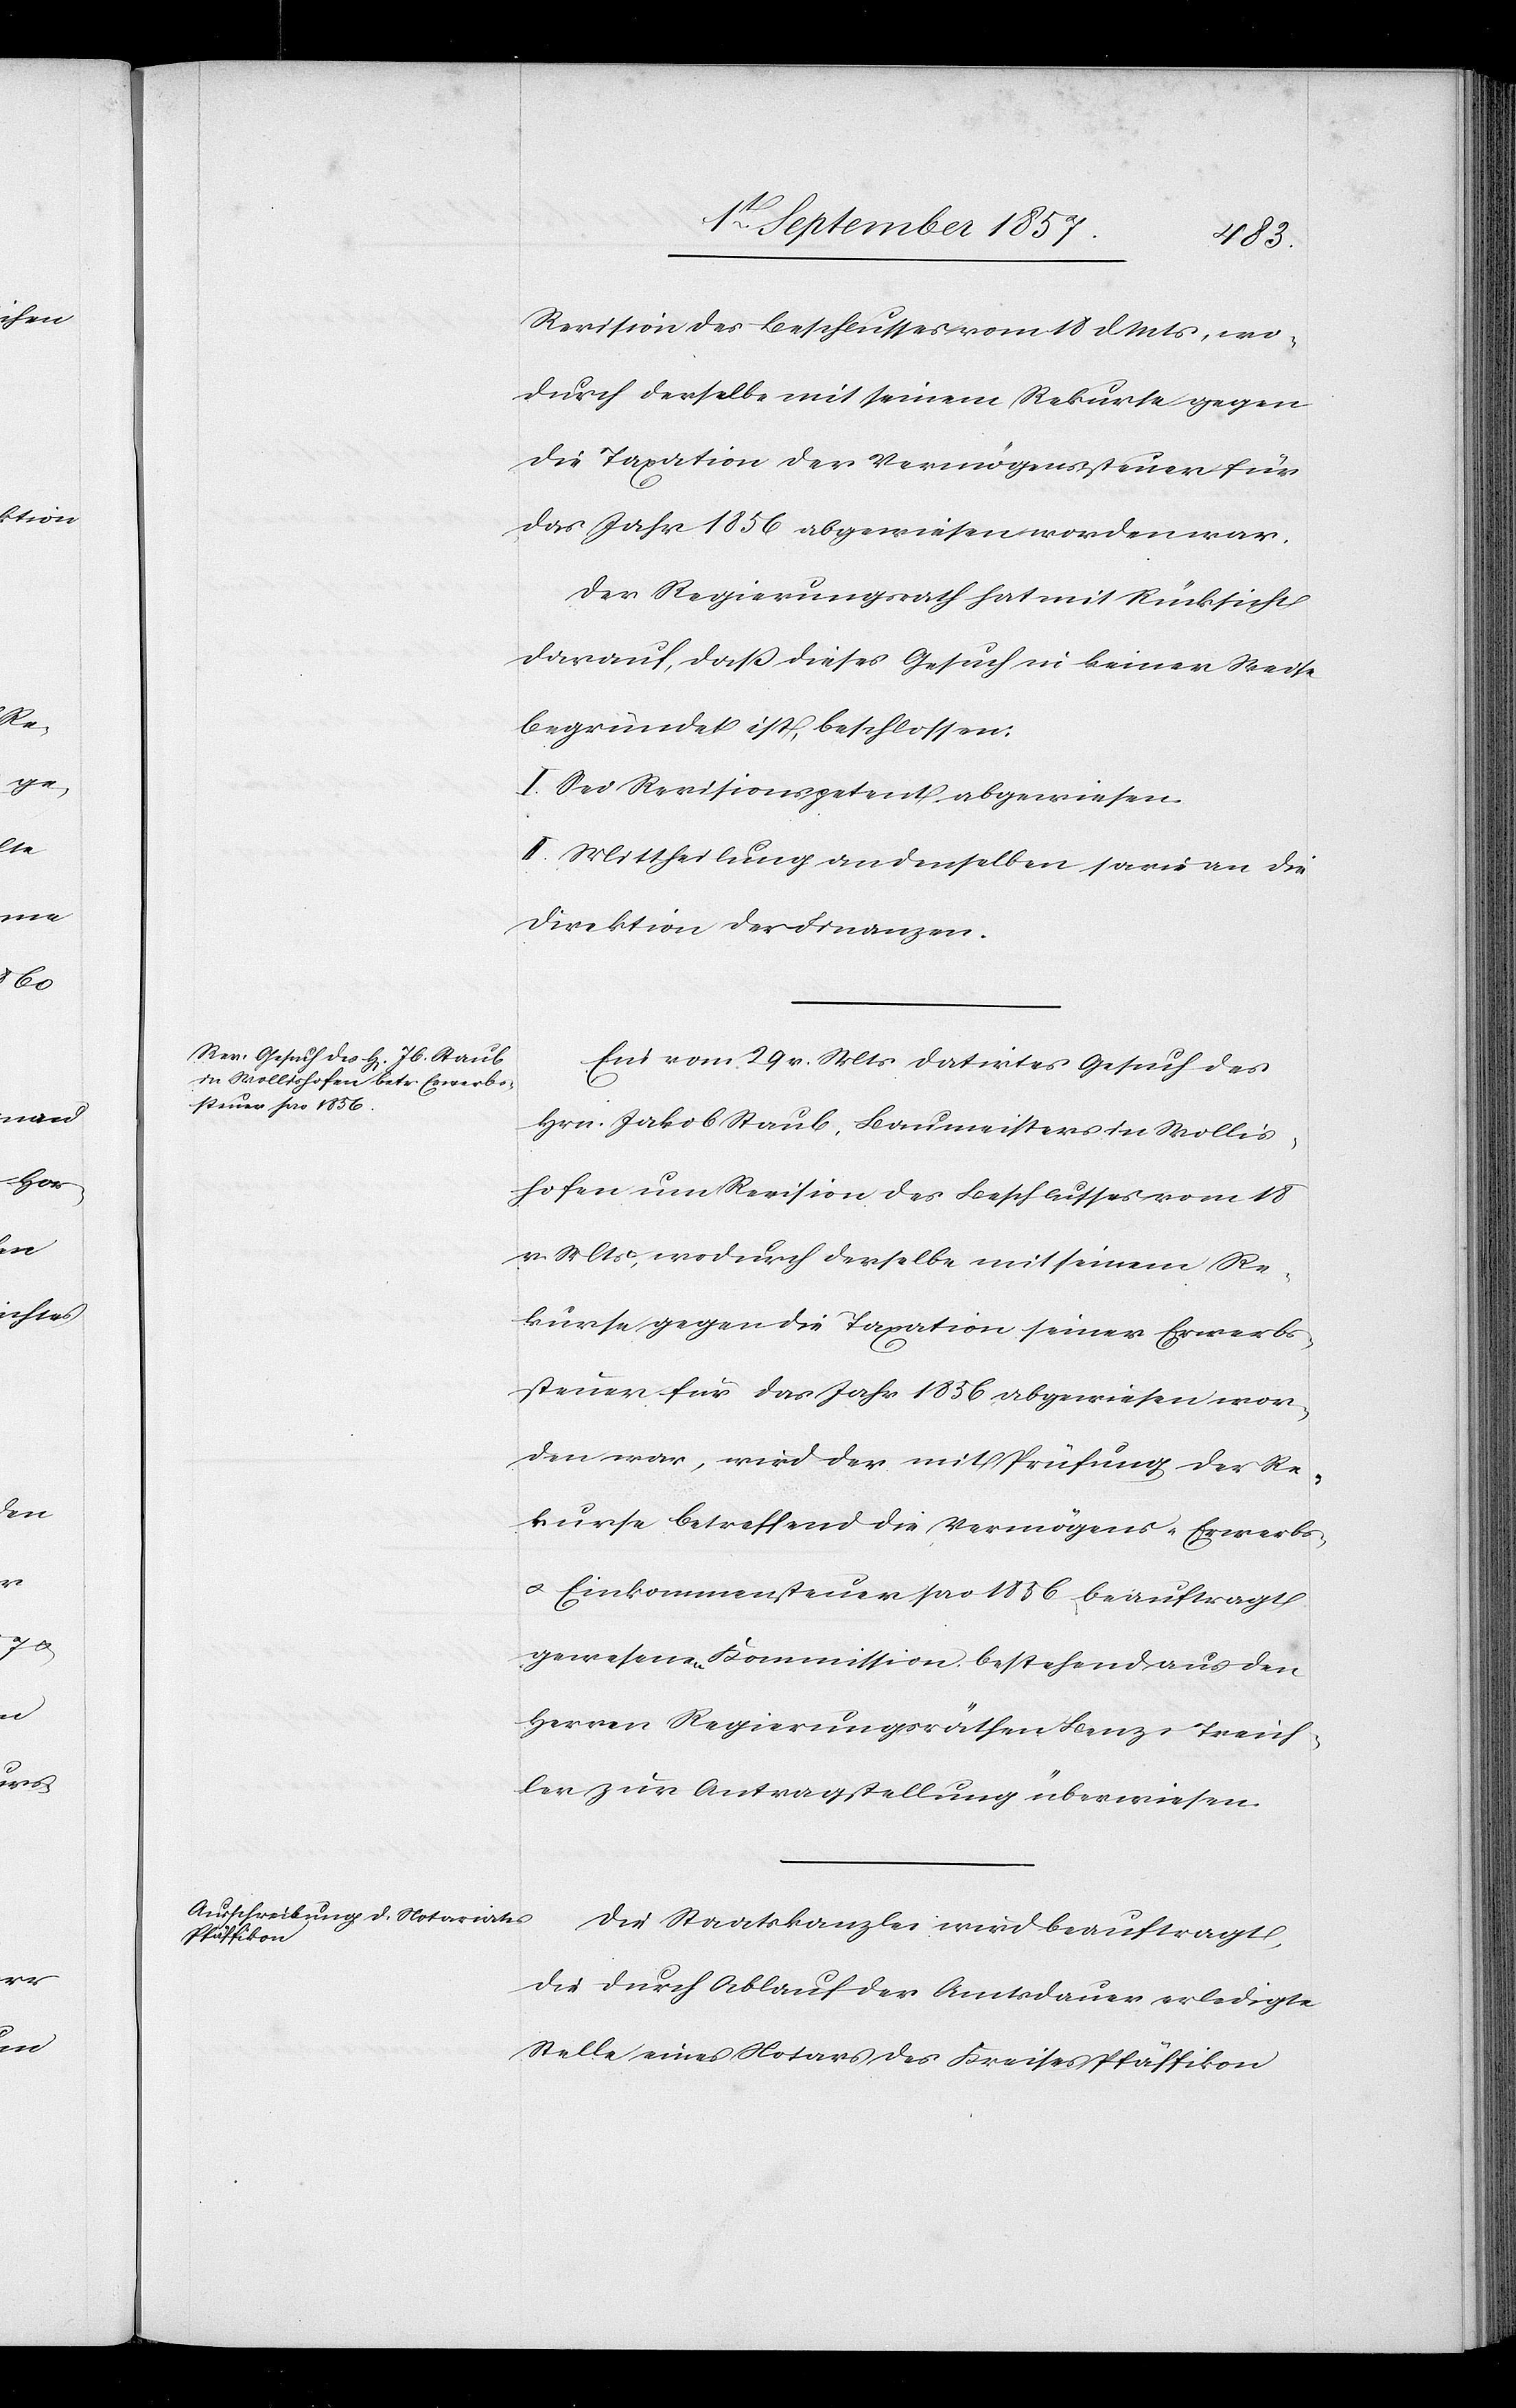
Revision des Beschlusses vom 18 d. Mts., wo¬
durch derselbe mit seinem Rekurse gegen
die Taxation der Vermögenssteuer für
das Jahr 1856 abgewiesen worden war.
Der Regierungsrath hat mit Rücksicht
darauf, daß dieses Gesuch in keiner Weise
begründet ist, beschlossen:
I. Sei Revisionspetent abgewiesen.
II. Mittheilung an denselben sowie an die
Direktion der Finanzen.
Ein vom 29 v. Mts. datirtes Gesuch des
Hrn. Jakob Staub, Baumeisters in Wollis¬
hofen, um Revision des Beschlusses vom 18
v. Mts., wodurch derselbe mit seinem Re¬
kurse gegen die Taxation seiner Erwerbs¬
steuern für das Jahr 1856 abgewiesen wor¬
den war, wird der mit Prüfung der Re¬
kurse betreffend die Vermögens- Erwerbs-
& Einkommenssteuer pro 1856 beauftragt
gewesenen Kommission, bestehend aus den
Herren Regierungsräthen Benz & Treich¬
ler zur Antragstellung überwiesen.
Die Staatskanzlei wird beauftragt,
die durch Ablauf der Amtsdauer erledigte
Stelle eines Notars des Kreises Pfäffikon